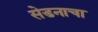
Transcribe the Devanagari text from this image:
सेडनाचा